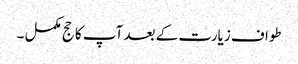
طواف زیارت کے بعد آپ کا حج مکمل ۔